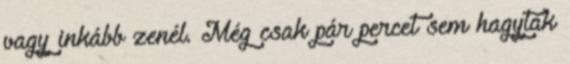
vagy inkább zenél. Még csak pár percet sem hagytak